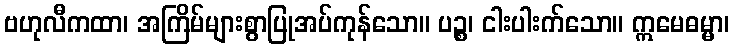
ဗဟုလီကထာ၊ အကြိမ်များစွာပြုအပ်ကုန်သော။ ပဉ္စ၊ ငါးပါးက်သော။ ဣမေဓမ္မာ၊